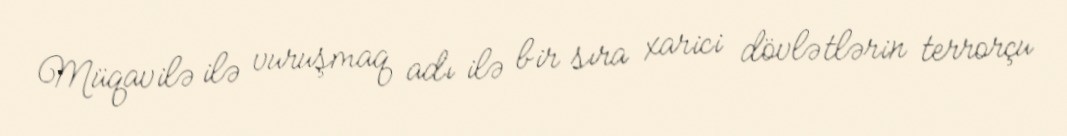
Müqavilə ilə vuruşmaq adı ilə bir sıra xarici dövlətlərin terrorçu